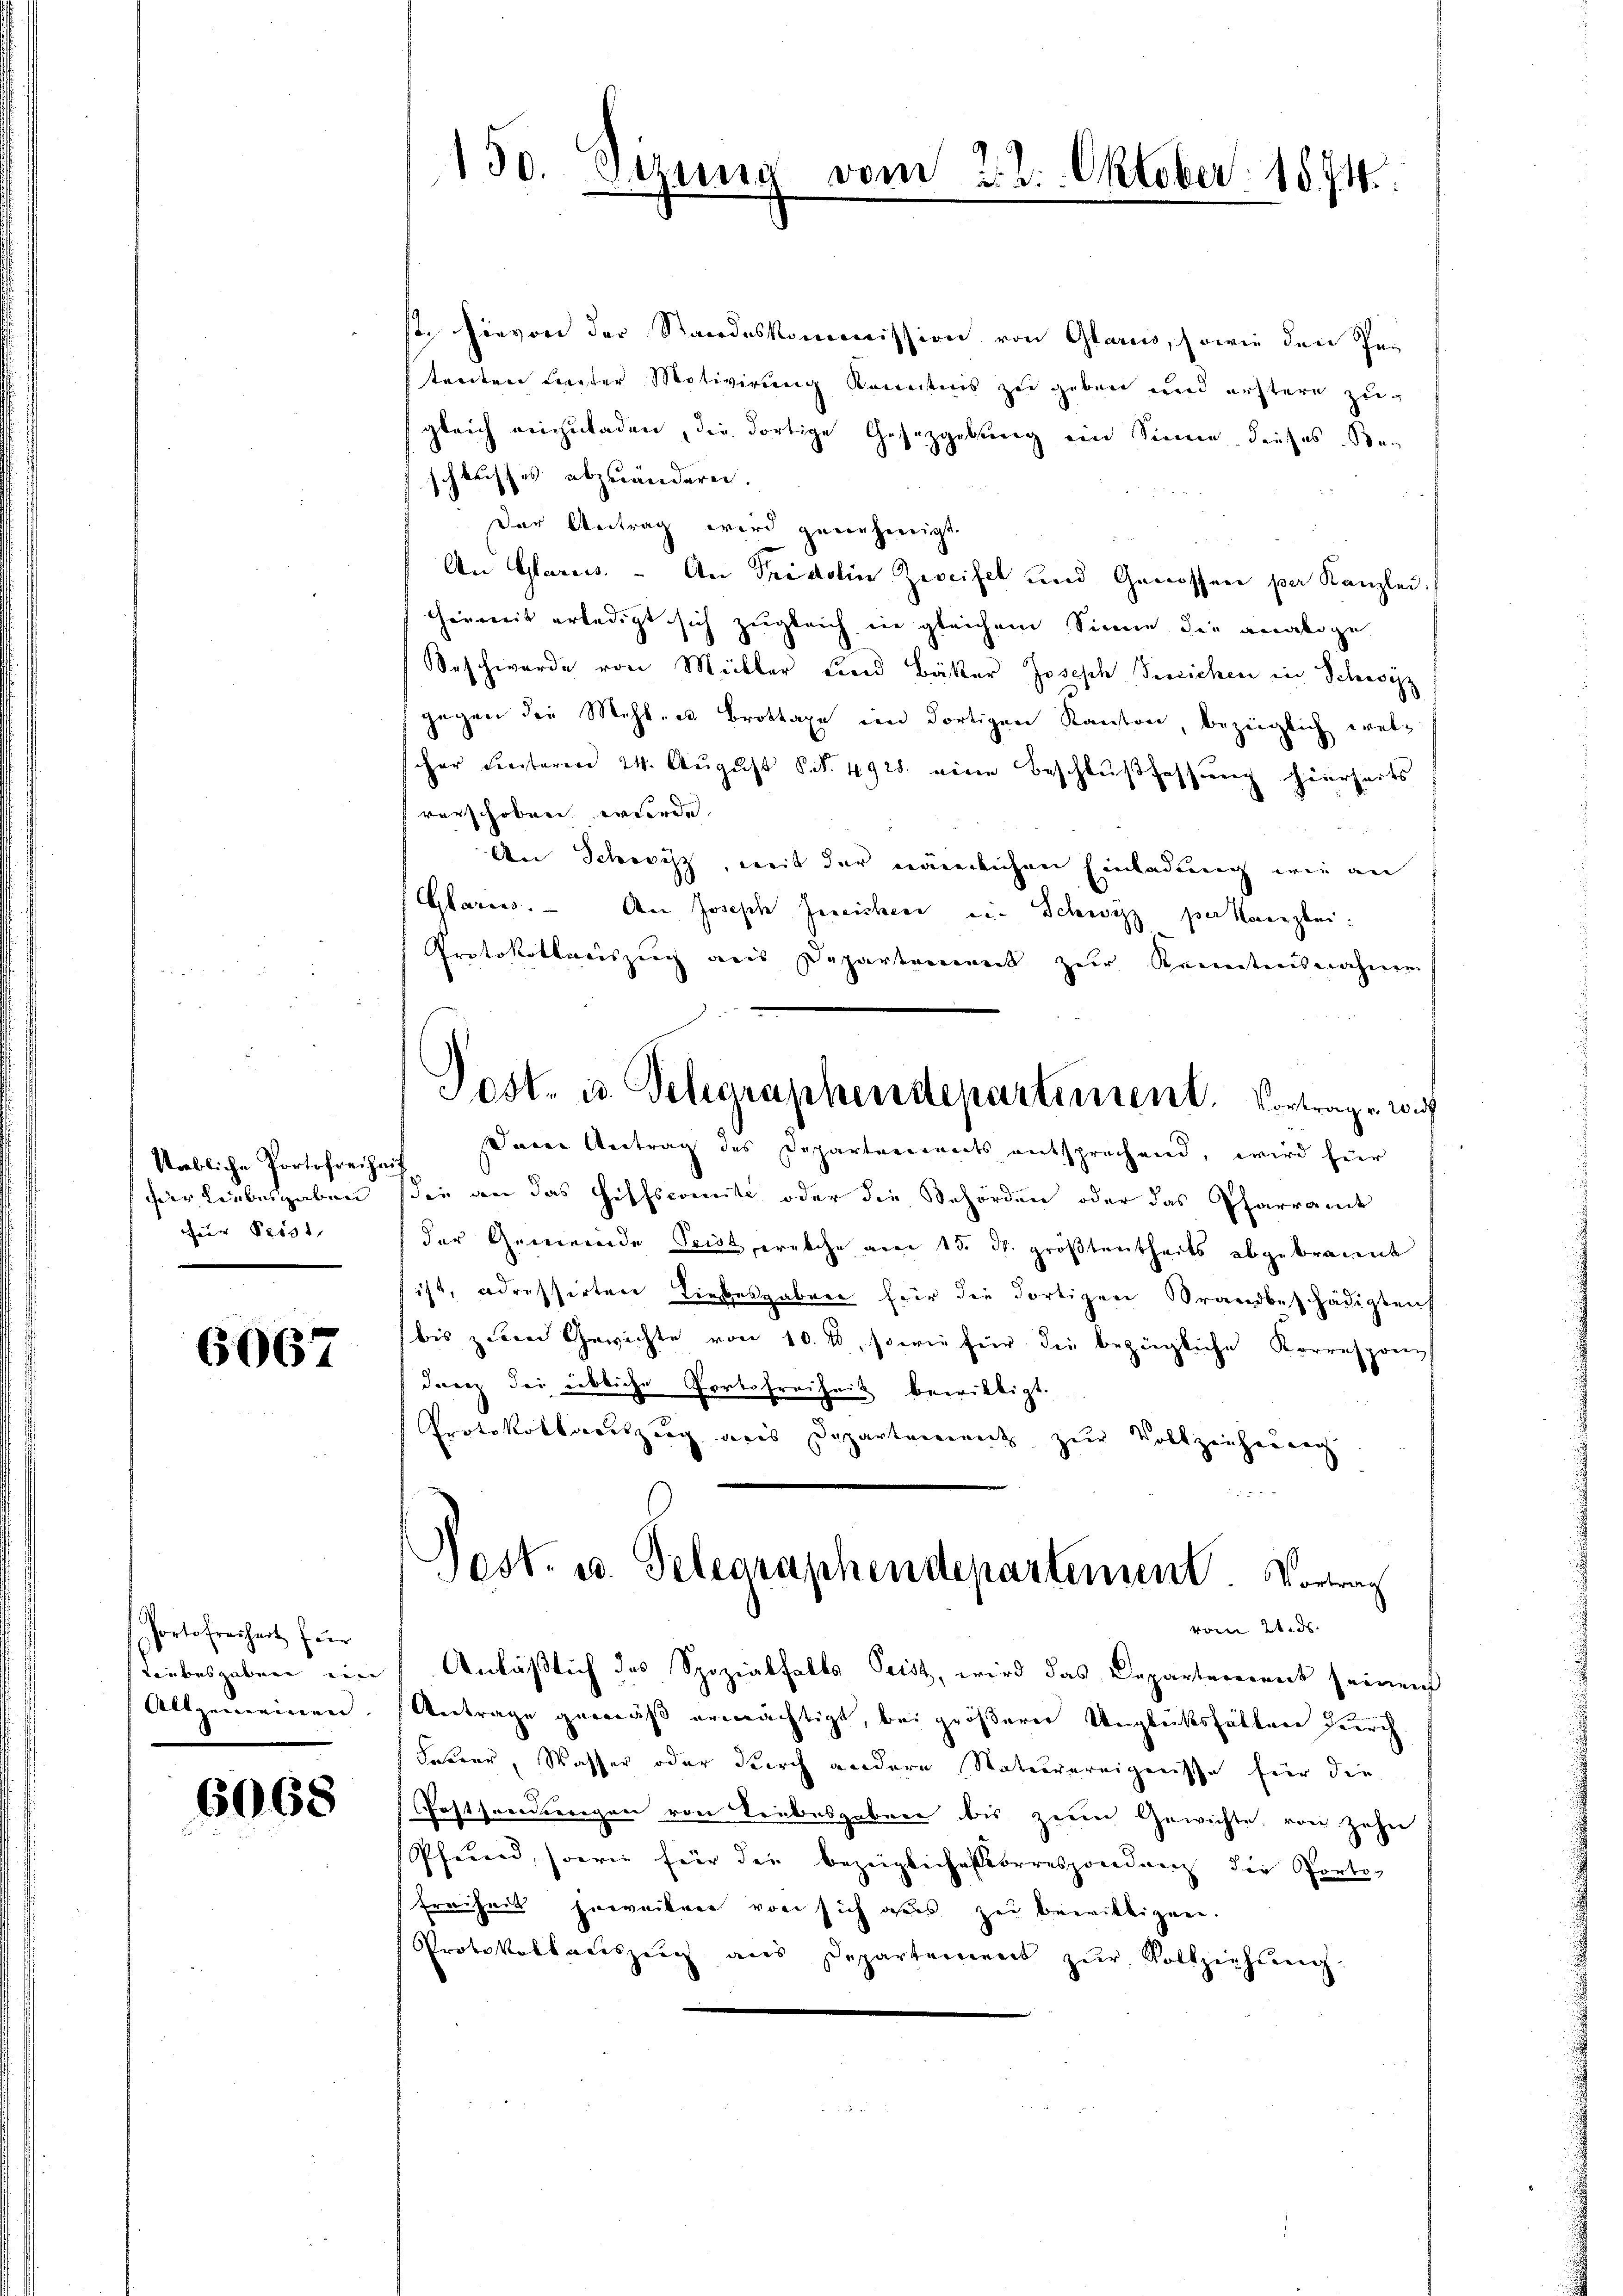
Niebliche Portofreihaif
zur Perst

6067

Portofreiheit für
Allgemeinen

6068

st. Hievon der Standeskommission von Glarus, sowie den Petreiten Leister Motivirung kanntnis zu geben und erstere zu-
gleich einzuladen, die dortige Gesetzgebung ein Sinne dieses Be-
schlusses abzuändern.
Der Antrag wird genehmigt.
An Glarus. - An Fridolin Zweifel und Genossen per Kanzlei.
herweit erledigt sich zugleich in gleichem Sinne die analoge
eschwerde von Müller und Bäker Joseph Berichen in Schwyz
gegen die Mehlen Brottaxe im dortigen Kanton, bezüglich welc
scher Seesteren 24. August S. 492. eine Beschlußfassung hierseits
vorschoben werde.
An Schwyz, mit der nämlichen Einladung wie an
Clarens. An Joseph Zureichen ein Schwyz per Kanzlei¬
Protokollauszug aus Departement zur Kenntensnahmen
Sanen Antrag des Departements entsprechend, wird für
für Liebesgaben sie an das Hilfscomite oder die Behörden oder das Pfarrande
der Gemeinde Teil, welche am 15. d. größtentheils abgebracent
ist, adressirten Liebesgaben für die dortigen Brandbeschädigteih
bis zuen Gewichte von 10. 1, sowie für die bezügliche Korresponi
danz der übliche Portofreiheit bewilligt.
Protokollariszug des Departenannt zur Volkzeichnung
Post. u. Telegraphendepartement. Vortrach
vom 21. ds.
Liebesgaben ein Anläßlich des Spezialfalls Petit, wird das Departement seinen
Antrage gemäß ermächtigt, bei größerer Unglücksfällen durch
Laurer, Wasser oder durch andere Naturereignisse für die
Postsonderegen von Liebesgaben bis zum Gewichte, von Zehn
Pferend, sowie für der bezeigliches errespondenz die Porte,
Freiheit Erweitere von sich aus zu bewilligen.
Protokollauszug aus Departement zŭr Vollziehŭng.

130. Sizung

vom 22. Oktober 1874.

Post- u. Telegraphendepartement. Vortrage wi